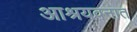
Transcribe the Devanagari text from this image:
आश्रयवनात